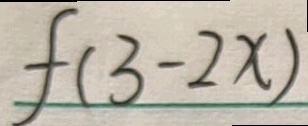
f ( 3 - 2 x )